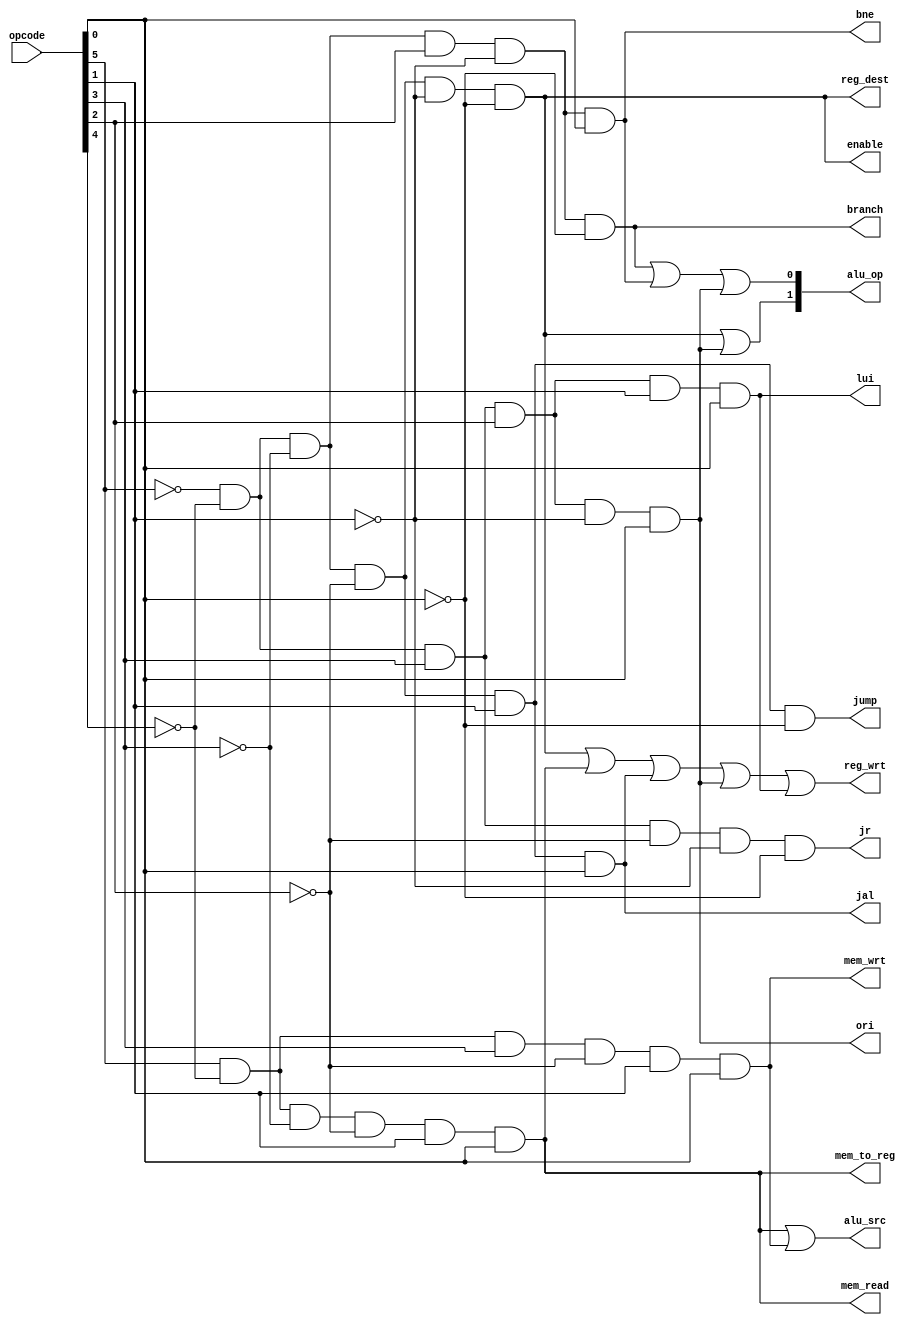
module control_unit(reg_dest,alu_src,mem_to_reg,reg_wrt,mem_read,mem_wrt,branch,alu_op,jump,
							jal,jr,bne,enable,ori,lui,opcode);
		
//by convention, I wrote first outputs then inputs.		
output reg_dest,alu_src,mem_to_reg,reg_wrt,mem_read,mem_wrt,branch,jump,jal,jr,bne,enable,ori,lui; 
output [1:0] alu_op;						
input [5:0] opcode; 
wire op_not0,op_not1,op_not2,op_not3,op_not4,op_not5,r_type,lw,sw,beg_wire,bne_wire,jump_wire,jal_wire,jr_wire,ori_wire,lui_wire;

//create signals in gate level.

not n0(op_not0,opcode[0]);
not n1(op_not1,opcode[1]);
not n2(op_not2,opcode[2]);
not n3(op_not3,opcode[3]);
not n4(op_not4,opcode[4]);
not n5(op_not5,opcode[5]);

and a0(r_type,op_not5,op_not4,op_not3,op_not2,op_not1,op_not0);
and a1(lw,opcode[5],op_not4,op_not3,op_not2,opcode[1],opcode[0]); 							
and a2(sw,opcode[5],op_not4,opcode[3],op_not2,opcode[1],opcode[0]);
and a3(beg_wire,op_not5,op_not4,op_not3,opcode[2],op_not1,op_not0);
and a4(bne_wire,op_not5,op_not4,op_not3,opcode[2],op_not1,opcode[0]);
and a5(jump_wire,op_not5,op_not4,op_not3,op_not2,opcode[1],op_not0);
and a6(jal_wire,op_not5,op_not4,op_not3,op_not2,opcode[1],opcode[0]);
and a7(jr_wire,op_not5,op_not4,opcode[3],op_not2,op_not1,op_not0);
and a8(ori_wire,op_not5,op_not4,opcode[3],opcode[2],op_not1,opcode[0]);
and a9(lui_wire,op_not5,op_not4,opcode[3],opcode[2],opcode[1],opcode[0]);							

or o0(reg_dest,r_type,0);
or o1(alu_src,lw,sw);
or o2(mem_to_reg,lw,0);
or o3(reg_wrt,r_type,lw,jal_wire,ori_wire,lui_wire);
or o4(mem_read,lw,0);
or o5(mem_wrt,sw,0);
or o6(branch,beg_wire,0);
or o7(alu_op[1],r_type,ori_wire);
or o8(alu_op[0],beg_wire,bne_wire,ori_wire);
or o9(jump,jump_wire,0);
or o10(jal,jal_wire,0);
or o11(jr,jr_wire,0);
or o12(bne,bne_wire,0);
or o13(enable,r_type,0);
or o14(ori,ori_wire,0);
or o15(lui,lui_wire,0);


endmodule